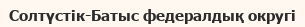
Солтүстік-Батыс федералдық округі